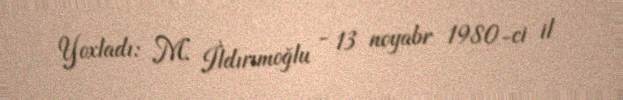
Yoxladı: M. İldırımoğlu - 13 noyabr 1980-ci il